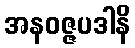
အနဝဇ္ဇပဒါနိ